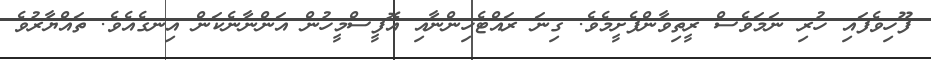
ފޫހިވެފައި ހުރި ނަމަވެސް ރީތިވާންފެށީމެވެ. ގިނަ ރައްޓެހިންނާއި އޮފީސްމީހުން އަންނާނެކަން އިނގެއެވެ. ތައްޔާރުވެ